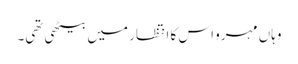
وہاں مہرو اس کا انتظار میں بیٹھی تھی۔